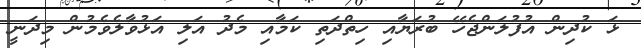
ޅަ ކުދިން އުފުލަންޖެހޭ ބުރަޔާއި ހިތްދަތި ކަމާއި މެދު އަލި އަޅުވާލެވެމުން މިދަނީ